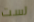
لست